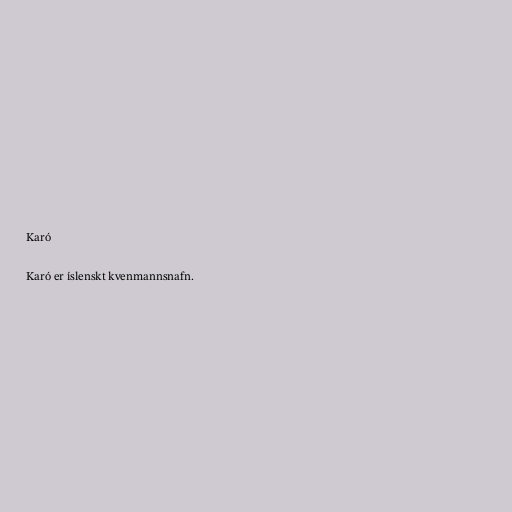
Karó

Karó er íslenskt kvenmannsnafn.